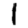
Digit: 1